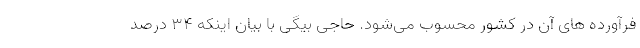
فرآورده های آن در کشور محسوب می‌شود. حاجی بیگی با بیان اینکه ۳۴ درصد